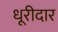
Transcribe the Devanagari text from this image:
धूरीदार